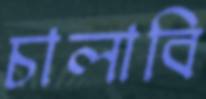
চালাবি